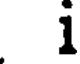
1